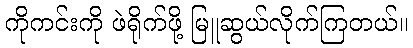
ကိုကင်းကို ဖဲရိုက်ဖို့ မြူဆွယ်လိုက်ကြတယ်။